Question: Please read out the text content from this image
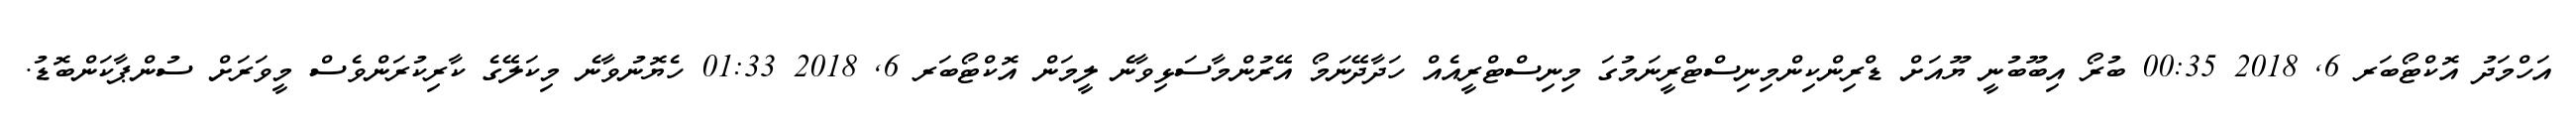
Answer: އަހްމަދު އޮކްޓޯބަރ 6, 2018 00:35 ބުރޯ އިބޫބުނީ ޔޫއަށް ޑްރިންކިންމިނިސްޓްރީނަމުގަ މިނިސްޓްރީއެއް ހަދާދޭނަމޯ އޭރުންމާސަޅިވާނެ ލީމަން އޮކްޓޯބަރ 6, 2018 01:33 ހެޔޮނުވާނެ މިކަލޭގެ ކާރިކުރަންވެސް މީވަރަށް ސުންޕާކަންބޮޑު.